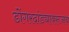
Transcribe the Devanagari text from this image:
डोंगरदांड्यावरूनच